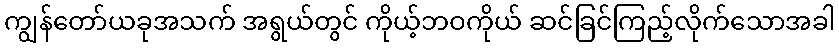
ကျွန်တော်ယခုအသက် အရွယ်တွင် ကိုယ့်ဘဝကိုယ် ဆင်ခြင်ကြည့်လိုက်သောအခါ